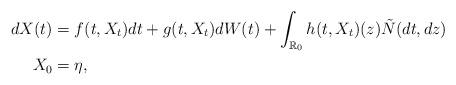
LaTeX: \begin{align*} d X(t)&=f(t, X_t) d t+g(t,X_t)d W(t)+ \int_{\mathbb{R}_0}h(t,X_t)(z)\tilde N(d t, d z)\\X_0&=\eta, \end{align*}